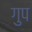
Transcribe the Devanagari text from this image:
गुप